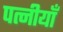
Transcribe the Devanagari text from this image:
पत्नीयाँ